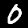
Label: 0